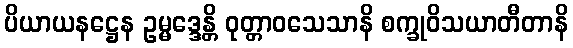
ပိယာယနဋ္ဌေန ဥမ္မဒ္ဒေန္တိ ဝုတ္တာဝသေသာနိ စက္ခုဝိသယာတီတာနိ